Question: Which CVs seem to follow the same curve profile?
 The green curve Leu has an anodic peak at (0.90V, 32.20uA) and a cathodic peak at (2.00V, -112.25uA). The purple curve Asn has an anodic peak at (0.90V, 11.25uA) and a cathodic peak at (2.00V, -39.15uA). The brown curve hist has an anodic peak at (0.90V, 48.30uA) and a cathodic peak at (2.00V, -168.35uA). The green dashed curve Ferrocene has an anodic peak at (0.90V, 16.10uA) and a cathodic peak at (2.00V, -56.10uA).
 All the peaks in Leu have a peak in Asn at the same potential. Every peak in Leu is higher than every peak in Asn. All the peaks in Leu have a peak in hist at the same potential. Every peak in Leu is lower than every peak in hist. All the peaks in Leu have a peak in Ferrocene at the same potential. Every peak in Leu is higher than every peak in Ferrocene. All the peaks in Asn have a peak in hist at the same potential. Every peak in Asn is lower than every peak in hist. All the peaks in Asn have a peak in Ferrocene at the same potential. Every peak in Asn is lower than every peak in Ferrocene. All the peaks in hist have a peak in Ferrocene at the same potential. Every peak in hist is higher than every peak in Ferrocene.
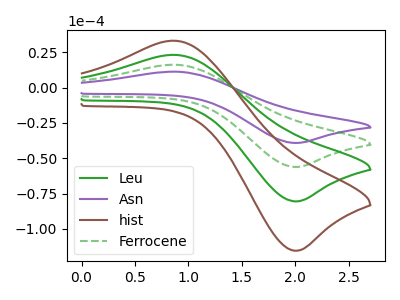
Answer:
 <answer>"Asn", "Leu", "hist" and "Ferrocene" have the same shape and are likely CV's of the same chemical.</answer>
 <eval>"Asn" "Leu" "hist" "Ferrocene"</eval>